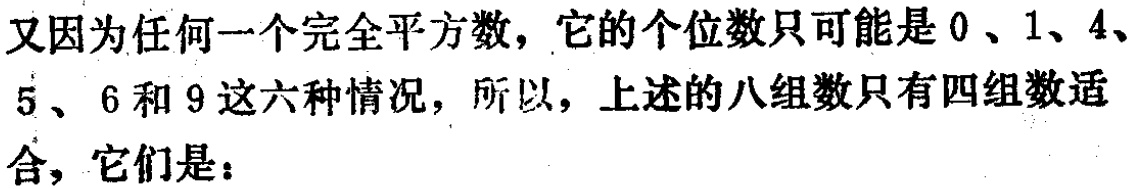
又因为任何一个完全平方数，它的个位数只可能是$0$、$1$、$4$、$5$、$6$和$9$这六种情况，所以，上述的八组数只有四组数适合，它们是：